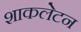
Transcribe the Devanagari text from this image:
शाकलेटन